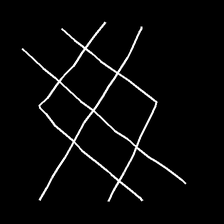
Glyph: crystal